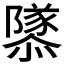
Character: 𨽎